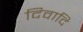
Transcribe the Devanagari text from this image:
दिवादि